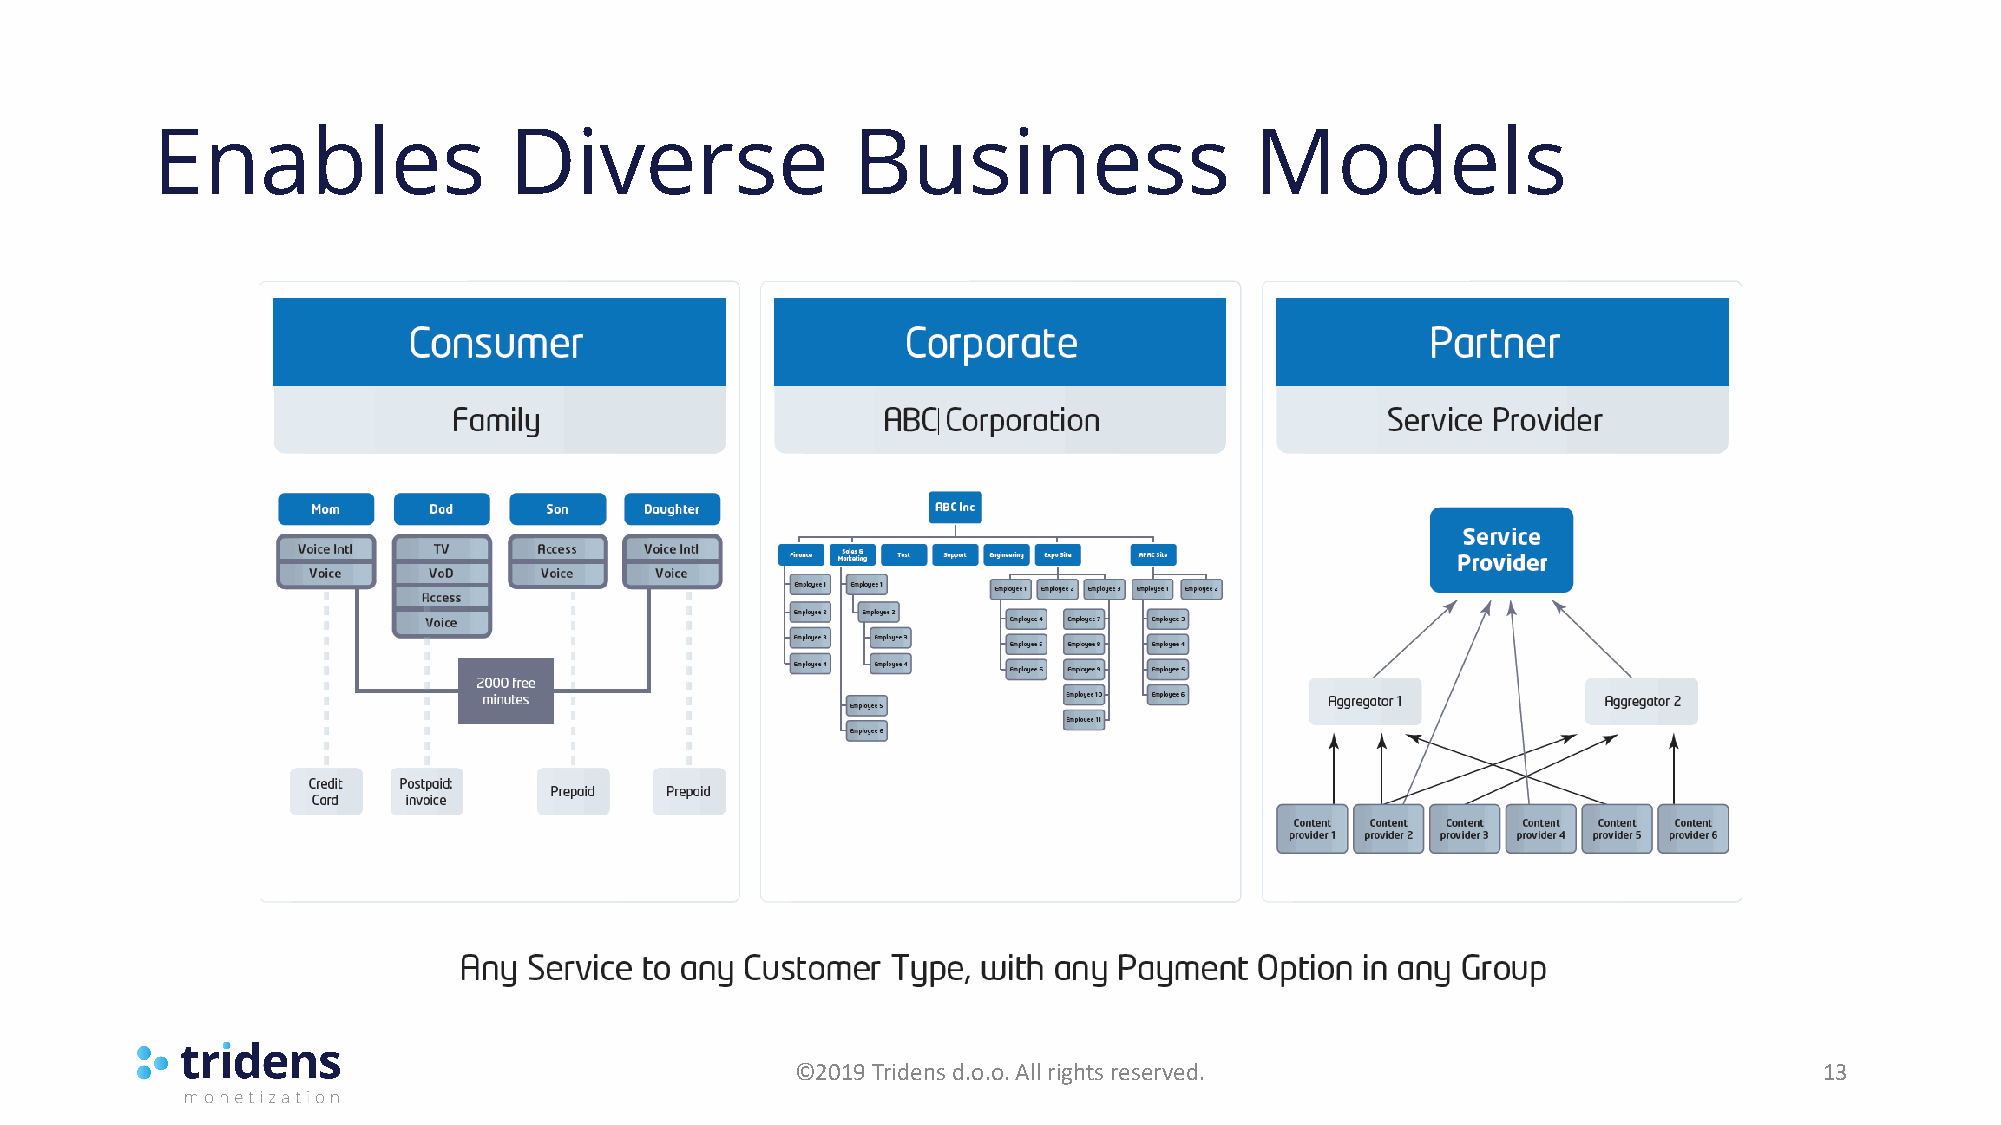
Enables                 Diverse               Business                   Models
 ©2019 Tridens d.o.o. All rights reserved.                           13